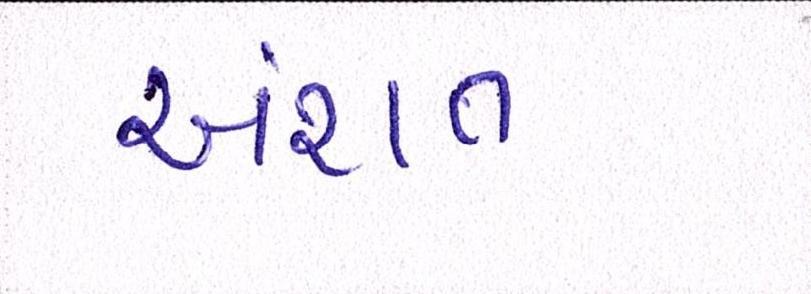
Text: અંશત